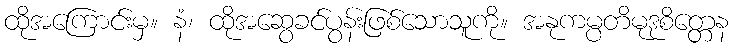
ထိုအကြောင်းမှ။ နံ၊ ထိုအဆွေခင်ပွန်းဖြစ်သောသူကို။ အနုကမ္ပတိမုဒုစိတ္တေန